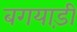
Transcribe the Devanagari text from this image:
बगयाड़ी